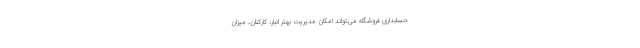
حسابداری فروشگاه می‌تواند امکان مدیریت بهتر انبار، کارکنان، میزان